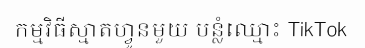
កម្មវិធីស្មាតហ្វូនមួយ បន្លំឈ្មោះ TikTok